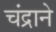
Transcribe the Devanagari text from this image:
चंद्राने